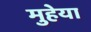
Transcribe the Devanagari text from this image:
मुहेया